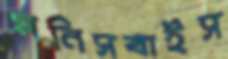
মনিসবাইস